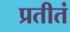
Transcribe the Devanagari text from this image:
प्रतीतं